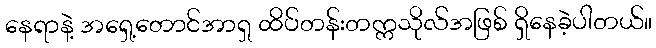
နေရာနဲ့ အရှေ့တောင်အာရှ ထိပ်တန်းတက္ကသိုလ်အဖြစ် ရှိနေခဲ့ပါတယ်။